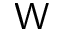
\sf { W }